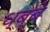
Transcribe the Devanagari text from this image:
ध्ब्बे